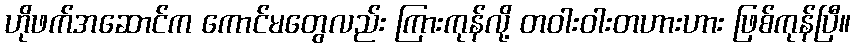
ဟိုဖက်အဆောင်က ကောင်မတွေလည်း ကြားကုန်လို့ တဝါးဝါးတဟားဟား ဖြစ်ကုန်ပြီ။